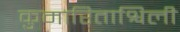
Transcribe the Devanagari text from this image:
कुमारिताश्विली